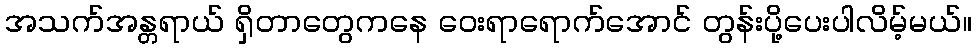
အသက်အန္တရာယ် ရှိတာတွေကနေ ဝေးရာရောက်အောင် တွန်းပို့ပေးပါလိမ့်မယ်။